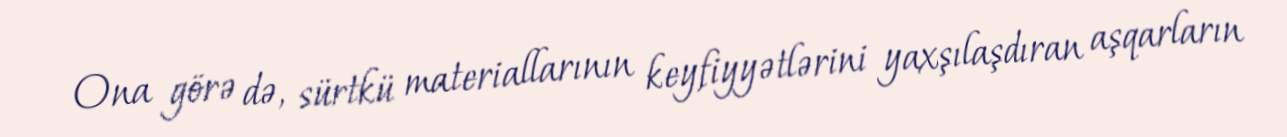
Ona görə də, sürtkü materiallarının keyfiyyətlərini yaxşılaşdıran aşqarların